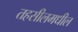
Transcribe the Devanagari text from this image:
तहसीलमधील